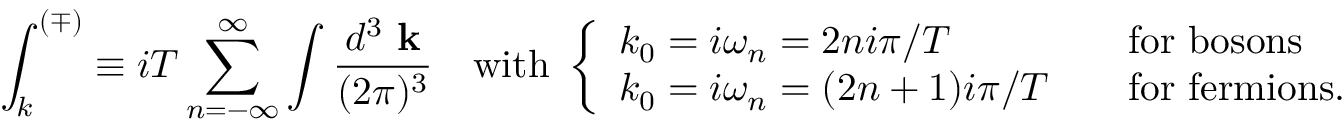
\int _ { k } ^ { ( \mp ) } \equiv i T \sum _ { n = - \infty } ^ { \infty } \int { \frac { d ^ { 3 } \mathrm { \bf ~ k } } { ( 2 \pi ) ^ { 3 } } } \quad \mathrm { w i t h ~ } \left\{ \begin{array} { l l } { { k _ { 0 } = i \omega _ { n } = 2 n i \pi / T \quad } } & { { \mathrm { f o r ~ b o s o n s } } } \\ { { k _ { 0 } = i \omega _ { n } = ( 2 n + 1 ) i \pi / T \quad } } & { { \mathrm { f o r ~ f e r m i o n s } . } } \end{array} \right.